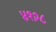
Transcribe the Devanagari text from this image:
४१२८